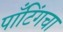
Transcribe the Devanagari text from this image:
पाँटिंगचा